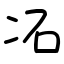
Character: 㓈